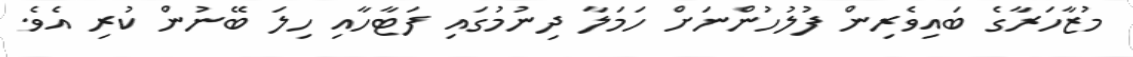
މުޒާހަރާގެ ބައިވެރިން ފުލުހުންނަށް ހަމަލާ ދިނުމުގައި ފަޓާހާއި ހިލަ ބޭނުން ކުރި އެވެ.